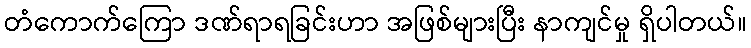
တံကောက်ကြော ဒဏ်ရာရခြင်းဟာ အဖြစ်များပြီး နာကျင်မှု ရှိပါတယ်။